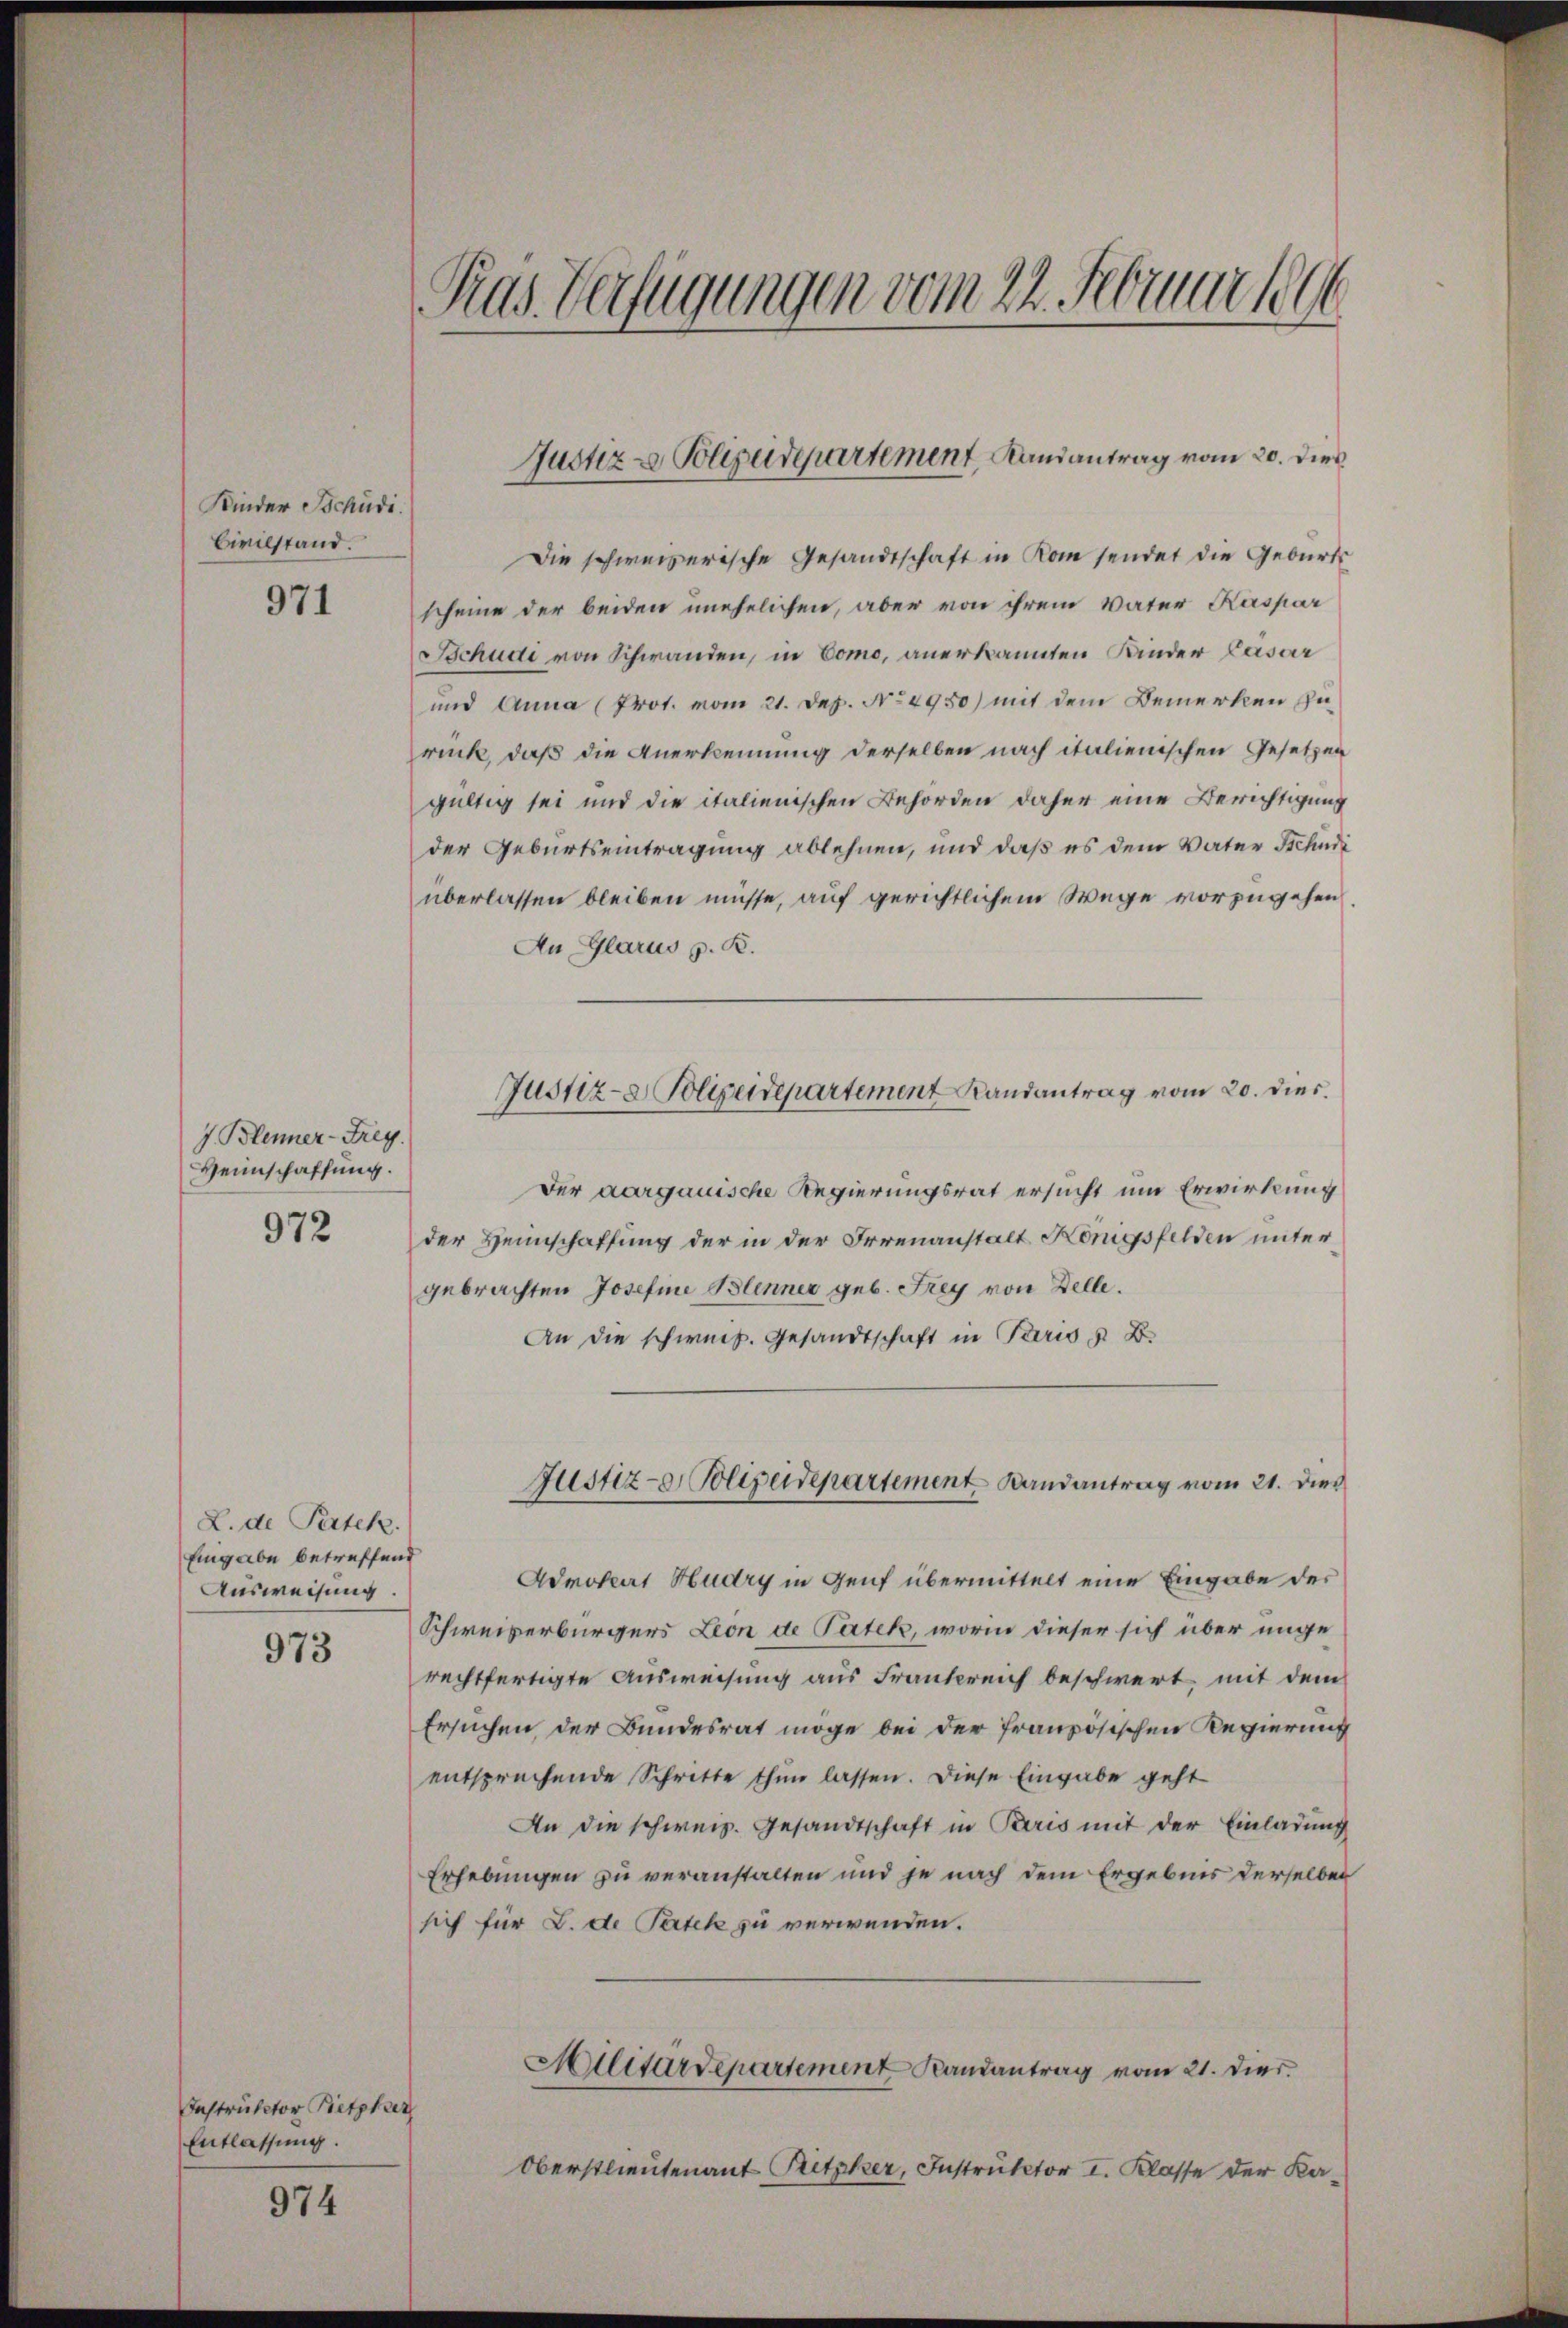
Kinder Schudi.
Civilstand.

971

J. Blenner-Frey.
Heimschaffung.

972

L. de Prtek.
Eingabe betreffend
Ausweisung.

973

Instruktor Pietzter
Entlassung.

974

¬

Pras Verfügungen vom 22. Februar 1896

Die schweizerische Gesandtschaft in Rom sendet die Geburts
scheine der beiden unehelichen, aber von ihrem Vater Kaspar
Bchudi von Schwanden, in Como, anerkannten Kander Lasar
und Anna (Prot. vom 21. Dez. No 4950) mit dem Bemerken zu
rück, daß die Anerkennung derselben nach italienischen Gesetzen
gültig sei und die italienischen Behörden daher eine Berichtigung
der Geburtseintragung ablehnen, und daß es dem Vater Schudi
überlassen bleiben müsse, auf gerichtlichem Wege vorzugehen.
An Glarus p. K.
Justiz- & Polizeidepartement Randantrag vom 20. dies
Der aargauische Regierungsrat ersucht um Erwirkung
der Heimschaffung der in der Irrenanstalt Königsfelden untergebrachten Josefine Blenner geb. Frey von Delle.
An die schweiz. Gesandtschaft in Paris u. B.
Justiz- Polizeidepartement Landantrag vom 21. dies
Admokeers Hudry in Genf übermittelt eine Eingabe des
Schweizerbürgers Lion de Patek, worin dieser sich über unge
rechtfertigte Ausweisung aus Frankreich beschwert, mit dem
Ersuchen der Bundesrat möge bei der französischen Regierung
entsprechende Schritte thun lassen. Diese Eingabe geht
An die schweiz. Gesandtschaft in Paris mit der Einladung
Erhebungen zu veranstalten und je nach dem Ergebnis derselben
sich für V. de Partek zu verwenden.
Militärdepartement Randantrag vom 21. Dies
Oberstlieutenant Ritzher, Instruktor I. Klasse der Ka¬

Justiz & Polizeidepartement Kausantrag vom 20. dies